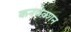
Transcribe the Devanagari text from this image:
कनवेक्शन